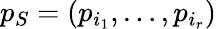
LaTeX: p_{S}=(p_{i_{1}},\ldots,p_{i_{r}})